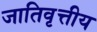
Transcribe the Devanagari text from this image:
जातिवृत्तीय